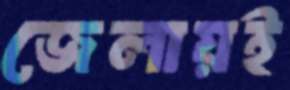
জেলায়ই